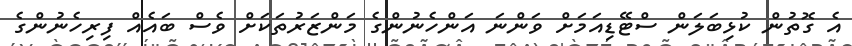
އެ ގޮތުން ކުޅިބަލަން ސްޓޭޑިއަމަށް ވަންނަ އަންހެނުންގެ މަންޒަރުތަކަށް ވެސް ބައެއް ފިރިހެނުންގެ